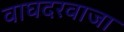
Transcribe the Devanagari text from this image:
वाघदरवाजा